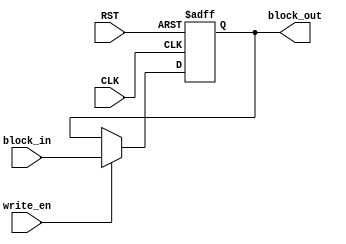
//-------------------------------------------------------------------------------------------------//
//  Project		: SHA-2																		       //
//  Description	: Block Memory for SHA256 			    		                                   //
//  Referents	: none.																		       //
//-------------------------------------------------------------------------------------------------//

module mem_save_block_384(
						input	wire				CLK,
						input	wire				RST,
						input	wire				write_en,
						input	wire 	[383:0]		block_in,
						output	wire	[383:0]		block_out
						);

	reg [383:0] block_out_reg;
	
	assign block_out = block_out_reg;
	always @(posedge CLK or negedge RST) 
	begin: update_event
		if(RST == 1'b0) begin
			block_out_reg <= 384'b0;
		end
		else begin
			if(write_en == 1'b1) begin
				block_out_reg <= block_in;
			end
		end
	end
endmodule